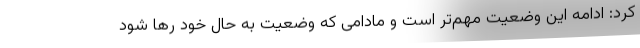
کرد: ادامه این وضعیت مهم‌تر است و مادامی که وضعیت به حال خود رها شود